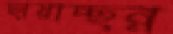
ছায়াচ্ছন্ন